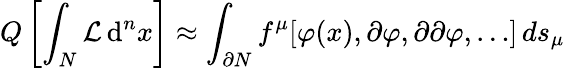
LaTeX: Q\left[\int_{N}{\mathcal{L}}\, \mathrm{d}^{n}x\right]\approx\int_{\partial N}f^{\mu}[\varphi(x),\partial\varphi,\partial\partial\varphi,\ldots]\, ds_{\mu}